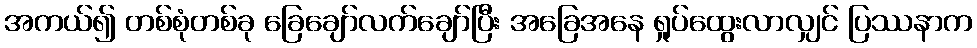
အကယ်၍ တစ်စုံတစ်ခု ခြေချော်လက်ချော်ပြီး အခြေအနေ ရှုပ်ထွေးလာလျှင် ပြဿနာက